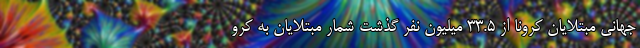
جهانی مبتلایان کرونا از ۳۳.۵ میلیون نفر گذشت شمار مبتلایان به کرو